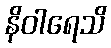
နိဝါရေသိ